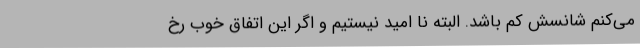
می‌کنم شانسش کم باشد. البته نا امید نیستیم و اگر این اتفاق خوب رخ